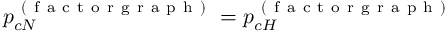
p _ { c N } ^ { \mathrm { ~ ( ~ f ~ a ~ c ~ t ~ o ~ r ~ g ~ r ~ a ~ p ~ h ~ ) ~ } } = p _ { c H } ^ { \mathrm { ~ ( ~ f ~ a ~ c ~ t ~ o ~ r ~ g ~ r ~ a ~ p ~ h ~ ) ~ } }